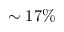
\sim 1 7 \%